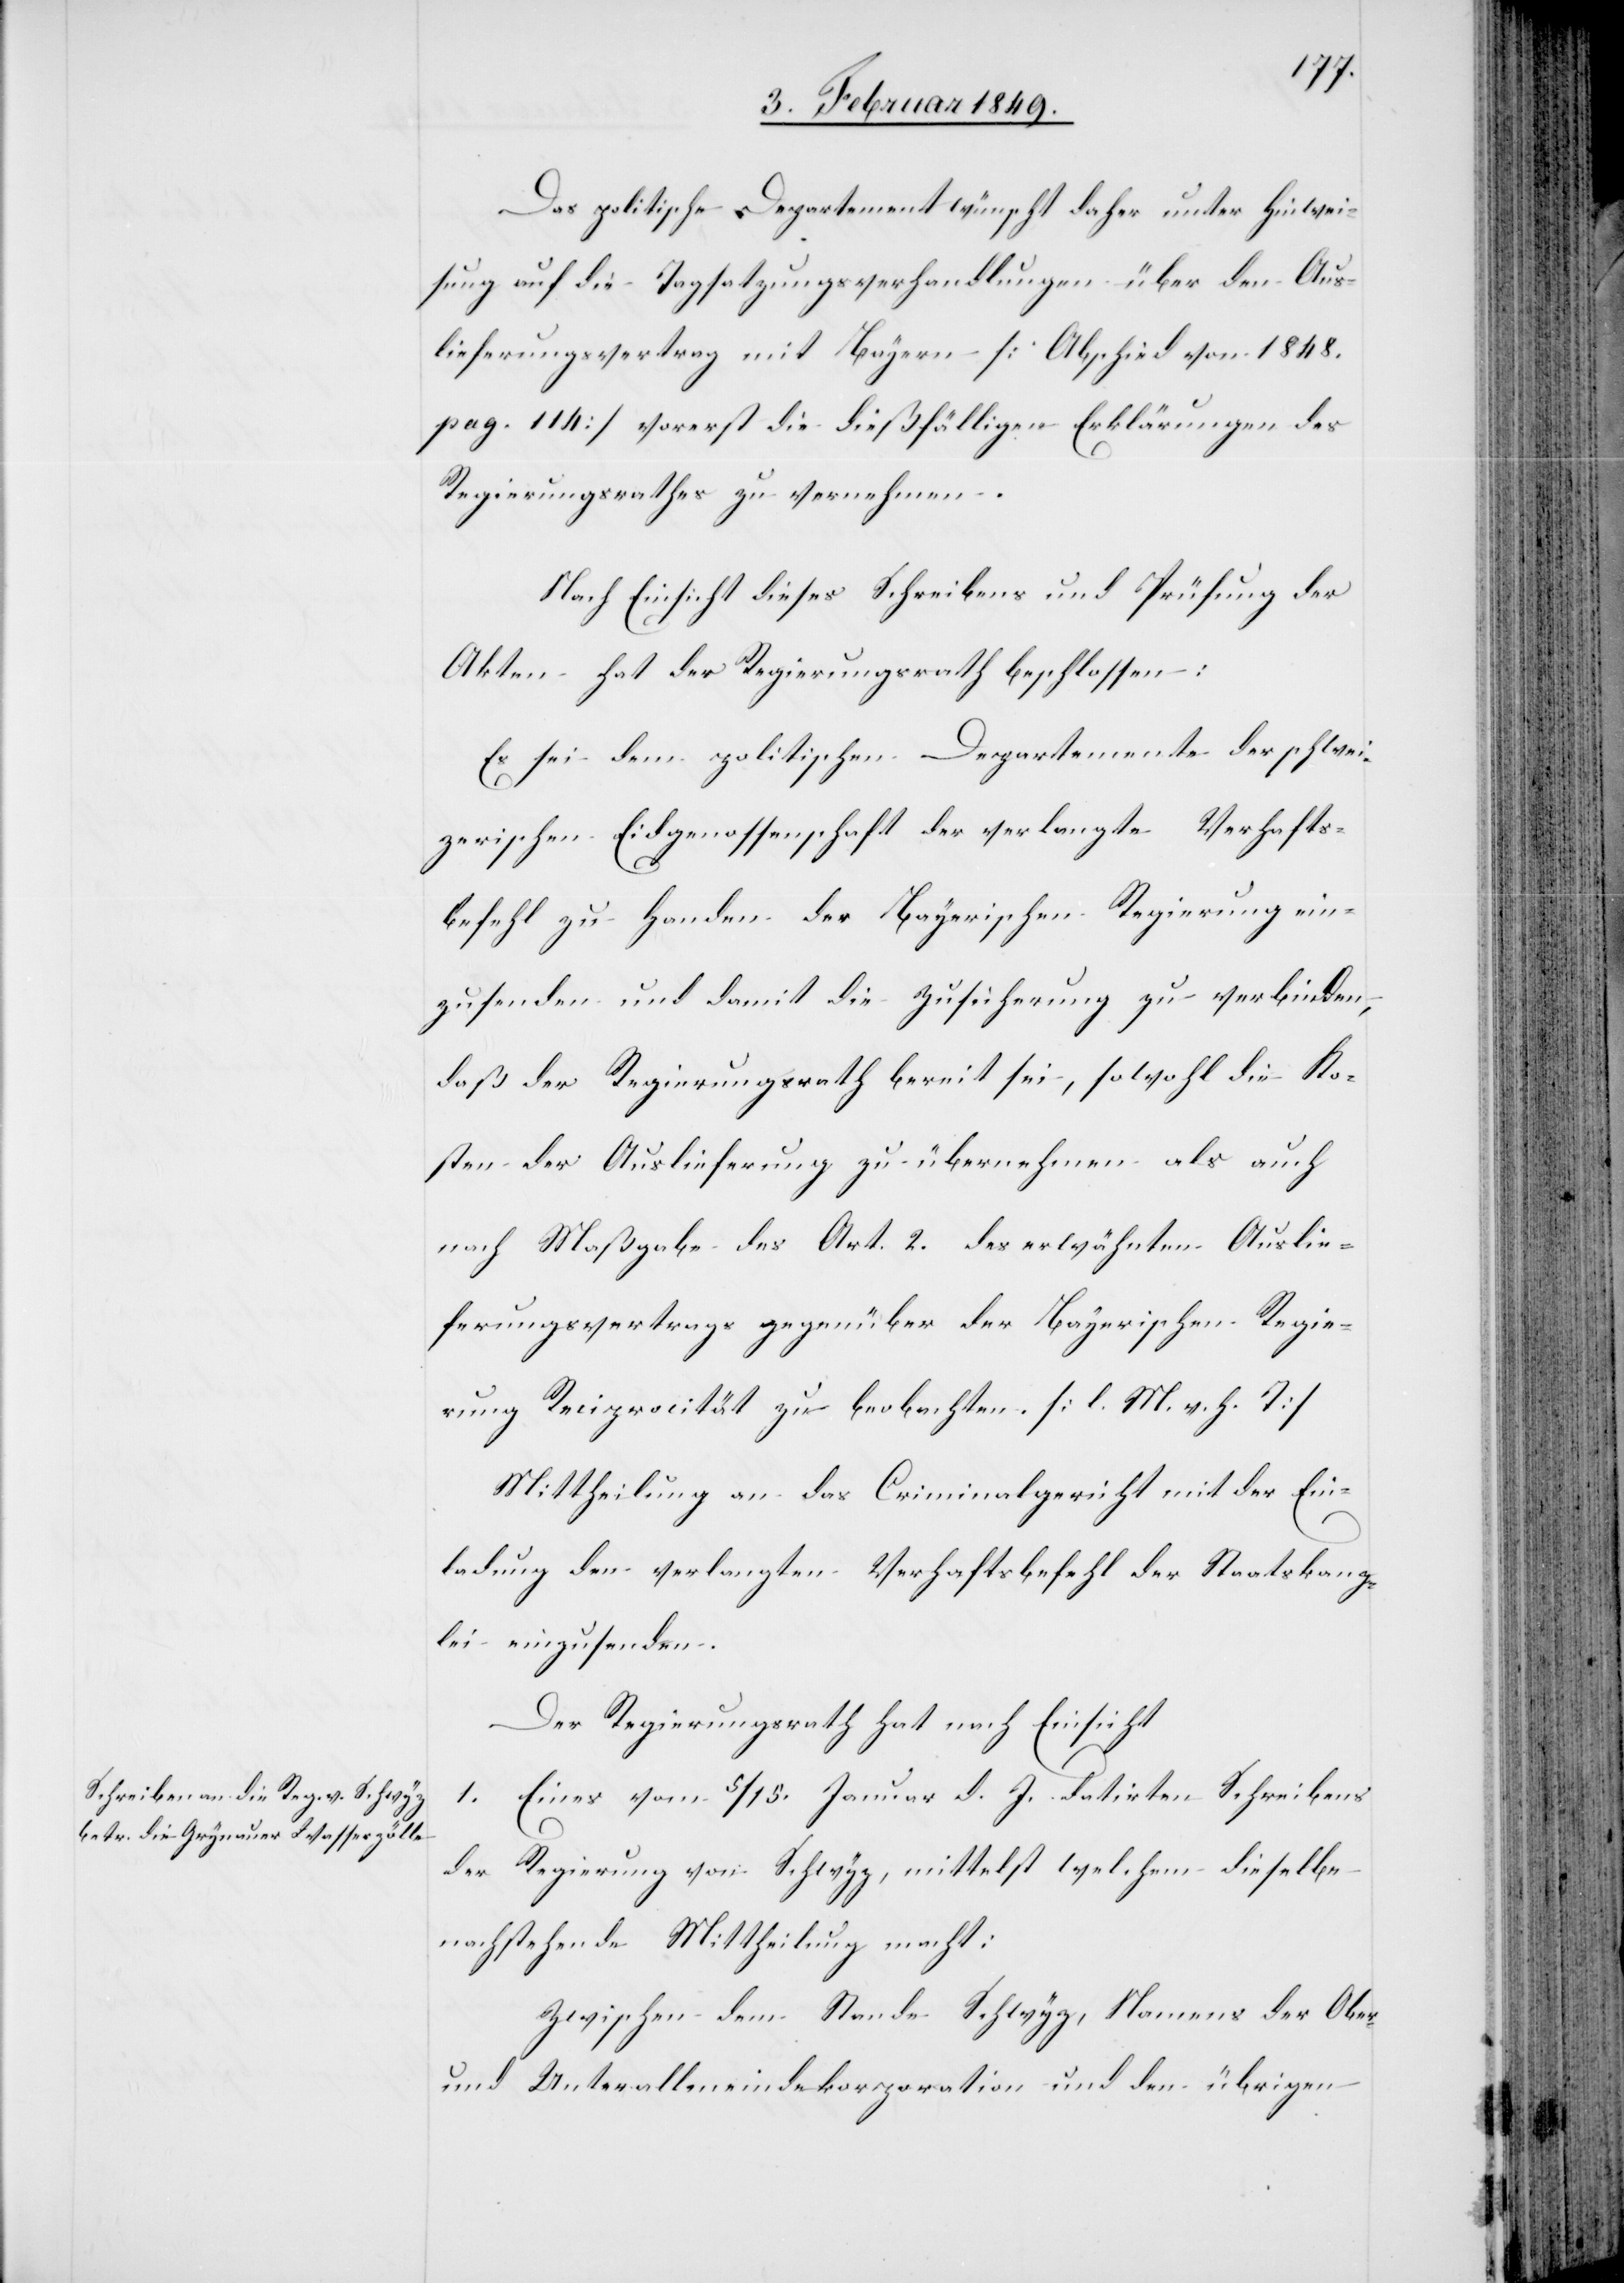
Das politische Departement wünscht daher unter Hinwei¬
sung auf die Tagsatzungsverhandlungen über den Aus¬
lieferungsvertrag mit Bayern [Abschied von 1848.
pag. 114] vorerst die dießfälligen Erklärungen des
Regierungsrathes zu vernehmen.
Nach Einsicht dieses Schreibens und Prüfung der
Akten hat der Regierungsrath beschlossen:
Es sei dem politischen Departemente der schwei¬
zerischen Eidgenossenschaft der verlangte Verhafts¬
befehl zu Handen der Bayerischen Regierung ein¬
zusenden und damit die Zusicherung zu verbinden,
daß der Regierungsrath bereit sei, sowohl die Ko¬
sten der Auslieferung zu übernehmen als auch
nach Maßgabe des Art. 2. des erwähnten Auslie¬
ferungsvertrags gegenüber der Bayerischen Regie¬
rung Reciprocität zu beobachten. [l. M. v. h. T]
Mittheilung an das Criminalgericht mit der Ein¬
ladung den verlangten Verhaftsbefehl der Staatskanz¬
lei einzusenden.
Der Regierungsrath hat nach Einsicht
1. Eines vom 5/15. Januar d. J. datirten Schreibens
der Regierung von Schwyz, mittelst welchem dieselbe
nachstehende Mittheilung macht:
Zwischen dem Stande Schwyz, Namens der Ober-
und Unterallmeindekorporation und den übrigen